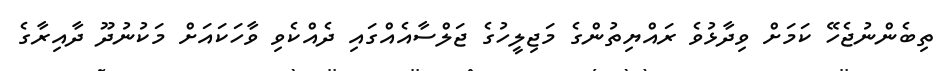
ތިބެންނުޖެހޭ ކަމަށް ވިދާޅުވެ ރައްޔިތުންްގެ މަޖިލީހުގެ ޖަލްސާއެއްގައި ދެއްކެވި ވާހަކައަށް މަކުނުދޫ ދާއިރާގެ